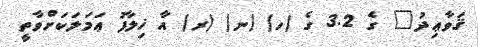
ޤަވާޢިދު" ގެ 3.2 ގެ (ހ) (ނ) (ރ) އާ ޚިލާފު ޢަމަލަކަށްވާތީ